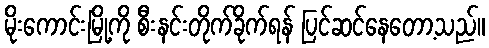
မိုးကောင်းမြို့ကို စီးနင်းတိုက်ခိုက်ရန် ပြင်ဆင်နေတော့သည်။